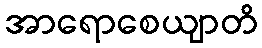
အာရောစေယျာတိ